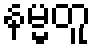
နမ္မတူ